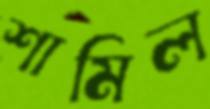
শামিল